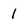
Character: 1